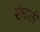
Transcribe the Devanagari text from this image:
संघाती